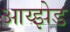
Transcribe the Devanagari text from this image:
आय्झेड